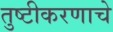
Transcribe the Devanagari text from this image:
तुष्टीकरणाचे